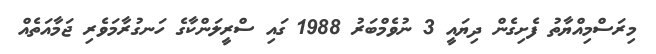
މިރަސްމިއްޔާތު ފެށިގެން ދިޔައީ 3 ނުވެމްބަރު 1988 ގައި ސްރީލަންކާގެ ހަނގުރާމަވެރި ޖަމާއަތެއް